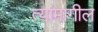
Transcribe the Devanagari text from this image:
त्यांमागील